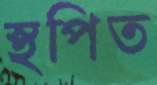
স্থপিত